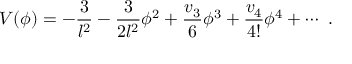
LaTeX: V ( \phi ) = - \frac 3 { l ^ { 2 } } - \frac 3 { 2 l ^ { 2 } } \phi ^ { 2 } + \frac { v _ { 3 } } { 6 } \phi ^ { 3 } + \frac { v _ { 4 } } { 4 ! } \phi ^ { 4 } + \cdots ~ .